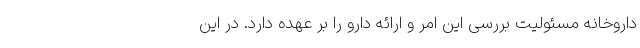
داروخانه مسئولیت بررسی این امر و ارائه دارو را بر عهده دارد. در این